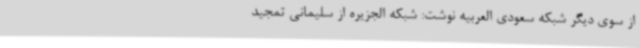
از سوی دیگر شبکه سعودی العربیه نوشت: شبکه الجزیره از سلیمانی تمجید